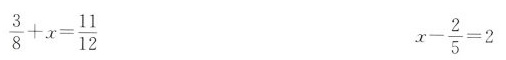
$$\frac { 3 } { 8 } + x = \frac { 1 1 }{ 1 2 }$$ $$x - \frac { 2 } { 5 } = 2$$